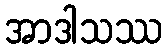
အာဒါသဿ